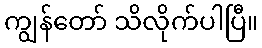
ကျွန်တော် သိလိုက်ပါပြီ။